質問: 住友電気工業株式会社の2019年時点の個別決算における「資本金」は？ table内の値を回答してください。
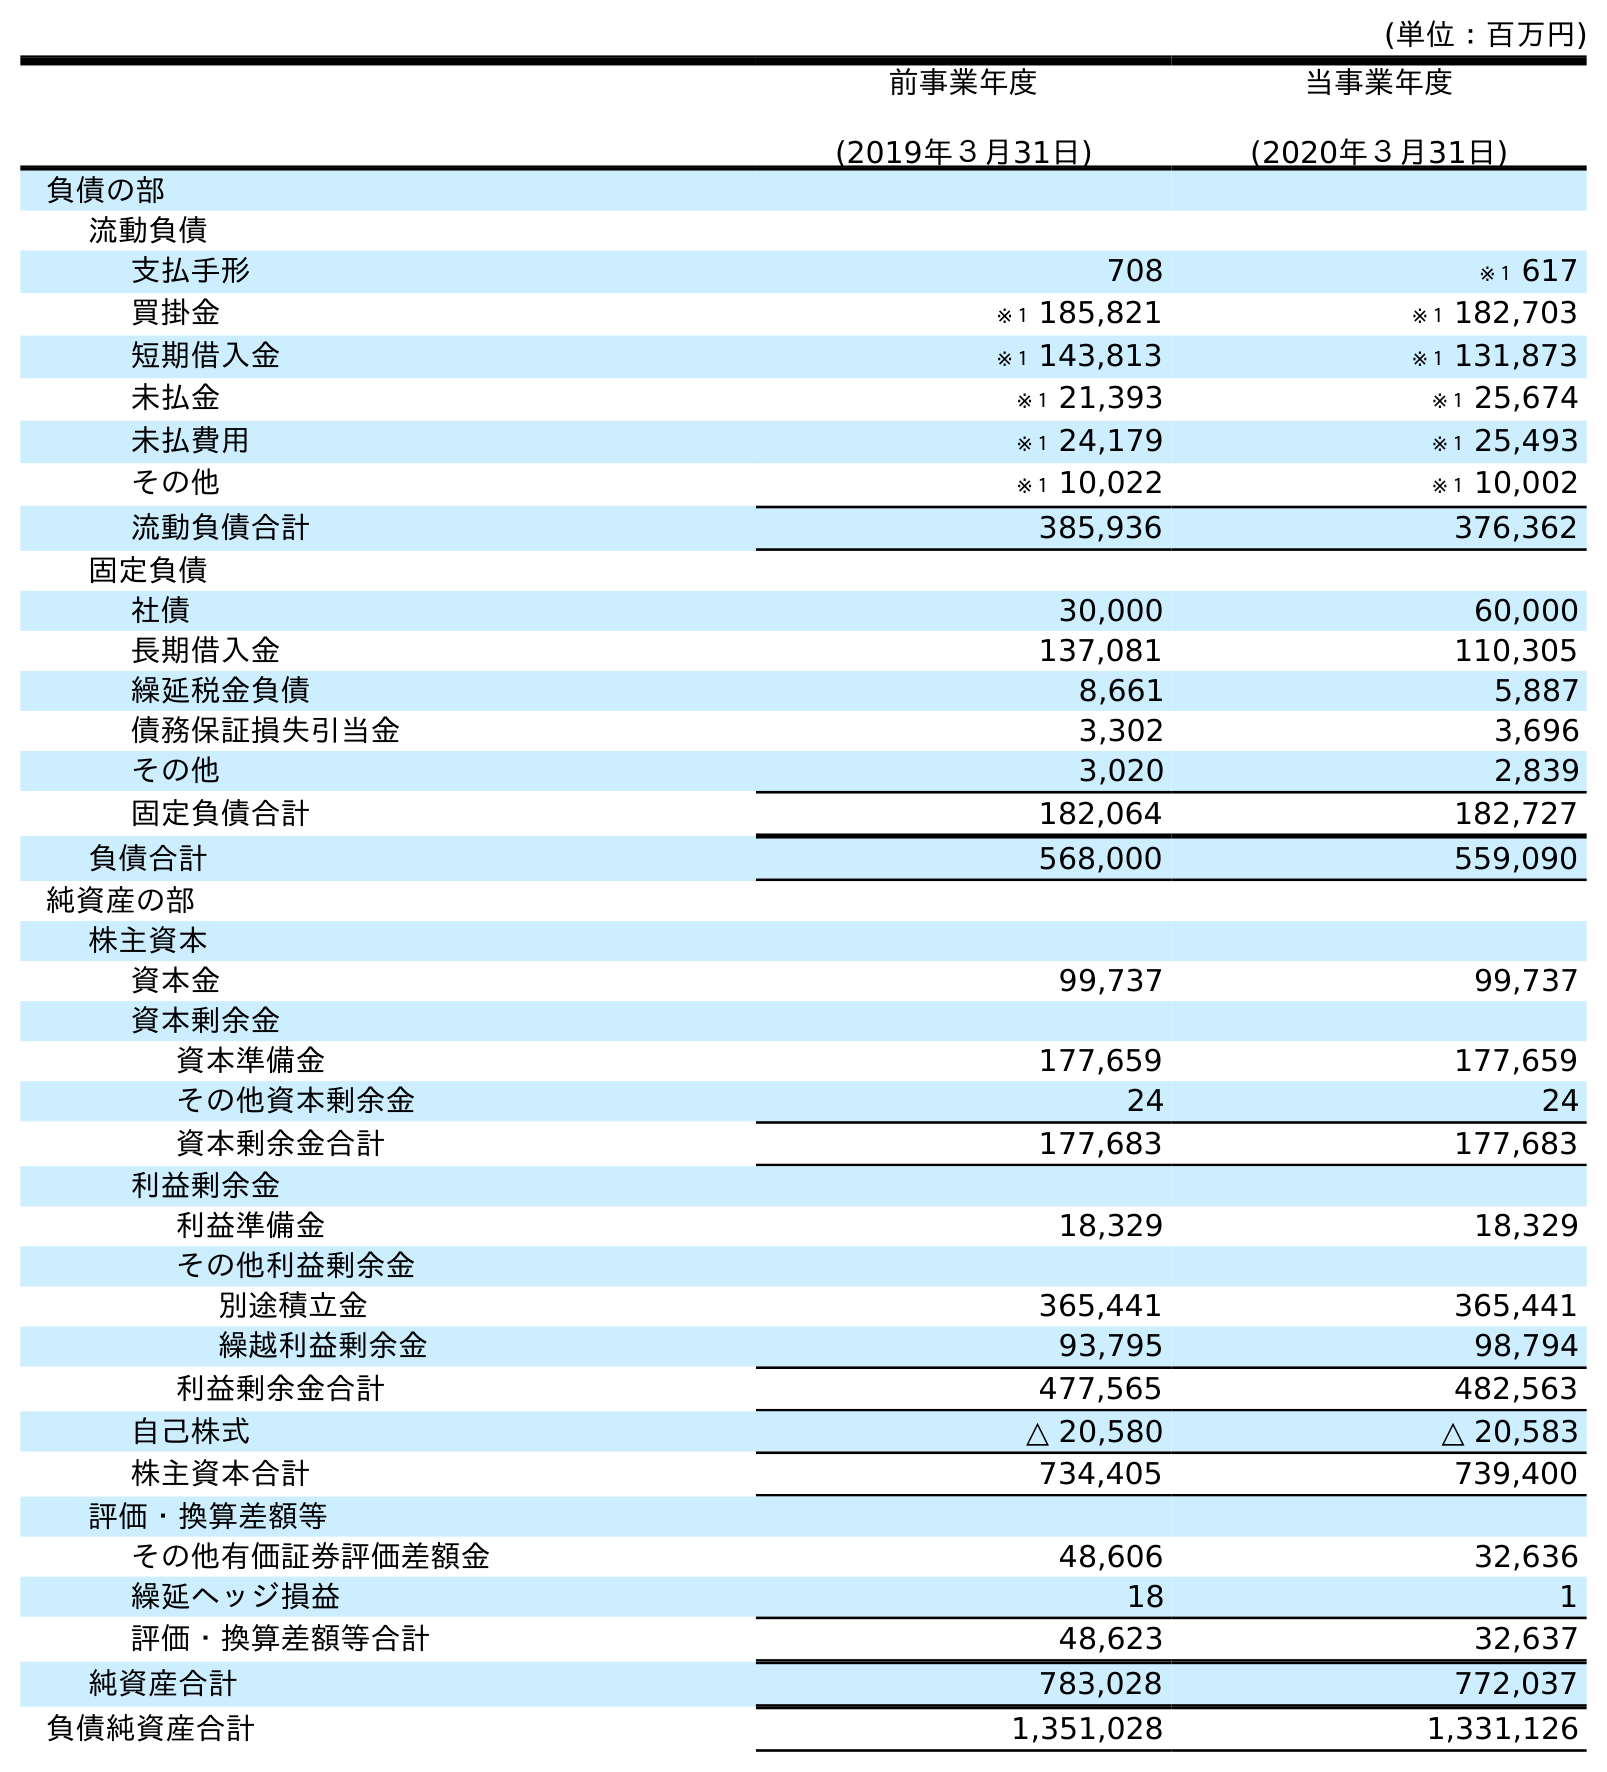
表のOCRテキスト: (単位：百万円) 前事業年度 (2019年３月31日) 当事業年度 (2020年３月31日) 負債の部 流動負債 支払手形 708 ※１ 617 買掛金 ※１ 185,821 ※１ 182,703 短期借入金 ※１ 143,813 ※１ 131,873 未払金 ※１ 21,393 ※１ 25,674 未払費用 ※１ 24,179 ※１ 25,493 その他 ※１ 10,022 ※１ 10,002 流動負債合計 385,936 376,362 固定負債 社債 30,000 60,000 長期借入金 137,081 110,305 繰延税金負債 8,661 5,887 債務保証損失引当金 3,302 3,696 その他 3,020 2,839 固定負債合計 182,064 182,727 負債合計 568,000 559,090 純資産の部 株主資本 資本金 99,737 99,737 資本剰余金 資本準備金 177,659 177,659 その他資本剰余金 24 24 資本剰余金合計 177,683 177,683 利益剰余金 利益準備金 18,329 18,329 その他利益剰余金 別途積立金 365,441 365,441 繰越利益剰余金 93,795 98,794 利益剰余金合計 477,565 482,563 自己株式 △ 20,580 △ 20,583 株主資本合計 734,405 739,400 評価・換算差額等 その他有価証券評価差額金 48,606 32,636 繰延ヘッジ損益 18 1 評価・換算差額等合計 48,623 32,637 純資産合計 783,028 772,037 負債純資産合計 1,351,028 1,331,126
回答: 99,737